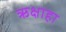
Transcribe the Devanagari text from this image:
ऋक्षाहा